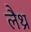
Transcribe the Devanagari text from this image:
लैथ्र